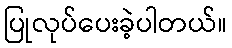
ပြုလုပ်ပေးခဲ့ပါတယ်။